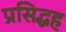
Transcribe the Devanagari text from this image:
प्रसिद्धह